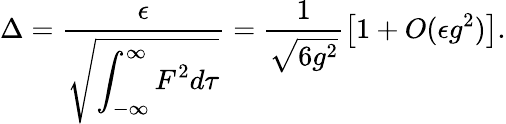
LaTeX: \Delta=\frac{\epsilon}{\sqrt{\displaystyle\int_{-\infty}^{\infty}F^{2}d\tau}}=\frac{1}{\sqrt{6g^{2}}}\left[1+O(\epsilon g^{2})\right].